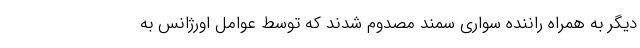
دیگر به همراه راننده سواری سمند مصدوم شدند که توسط عوامل اورژانس به